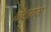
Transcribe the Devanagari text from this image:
नॉटग्रास